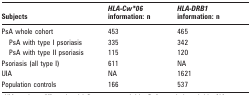
<table><thead><tr><td><b>Subjects</b></td><td><b><i>HLA-Cw*06 </i>information: n</b></td><td><b><i>HLA-DRB1 </i>information: n</b></td></tr></thead><tbody><tr><td>PsA whole cohort</td><td>453</td><td>465</td></tr><tr><td>PsA with type I psoriasis</td><td>335</td><td>342</td></tr><tr><td>PsA with type II psoriasis</td><td>115</td><td>120</td></tr><tr><td>Psoriasis (all type I)</td><td>611</td><td>NA</td></tr><tr><td>UIA</td><td>NA</td><td>1621</td></tr><tr><td>Population controls</td><td>166</td><td>537</td></tr></tbody></table>